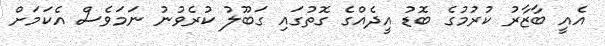
އެއީ ބާޒާރު ކުރުމުގެ ބޮޑު އީދެއްގެ ގޮތުގައި ގަބޫލު ކުރެވުނު ނަމަވެސް އެކަމަށް